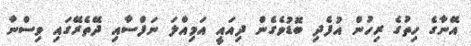
އޭނާގެ ހިތުގެ ރިހުން އުފެދި ބޮޑުވެގެން ދިއައީ އަމިއްލަ ނަފްސާއި ދޭތެރޭގައި ވިސްނާ